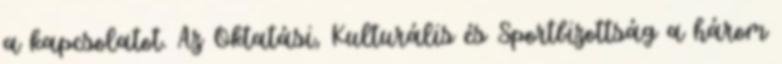
a kapcsolatot. Az Oktatási, Kulturális és Sportbizottság a három